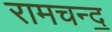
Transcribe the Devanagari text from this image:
रामचन्द॒